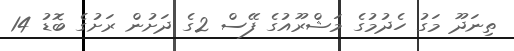
ތިނަދޫ މަގު ހެދުމުގެ މަޝްރޫއުގެ ފޭސް 2ގެ ދަށުން ރަށުގެ ބޮޑު 14